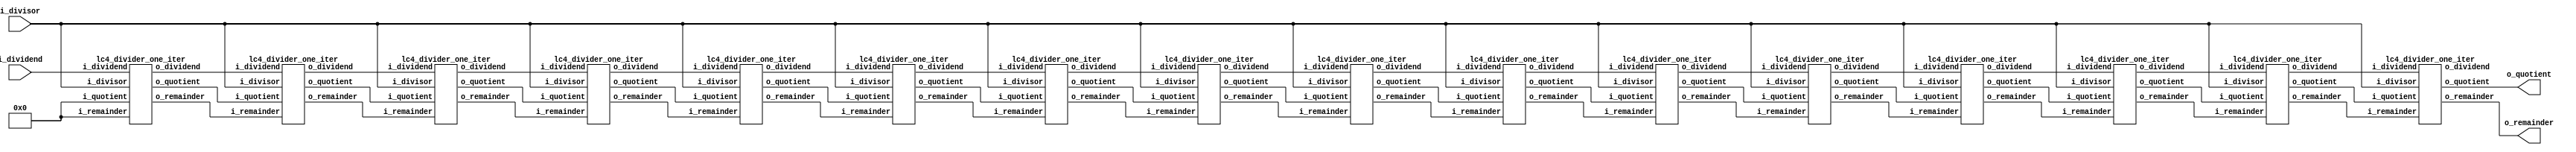
/* TODO: INSERT NAME AND PENNKEY HERE */

`timescale 1ns / 1ps
`default_nettype none

module lc4_divider(input  wire [15:0] i_dividend,
                   input  wire [15:0] i_divisor,
                   output wire [15:0] o_remainder,
                   output wire [15:0] o_quotient);

      /*** YOUR CODE HERE ***/
  // assign o_quotient = {16{1'b0}};
  // assign o_remainder = {16{1'b0}};
     // if (i_divisor == 16'b0000000000000000) begin
//	 return;
  //    end
   wire [15:0] rem_in = 16'd0;
   wire [15:0] quo_in = 16'd0;
   wire [15:0] div_16;
   wire [15:0] quo_1, quo_2, quo_3, quo_4, quo_5, quo_6, quo_7, quo_8, quo_9, quo_10, quo_11, quo_12, quo_13, quo_14, quo_15, rem_1, rem_2, rem_3, rem_4, rem_5, rem_6, rem_7,  rem_8, rem_9, rem_10, rem_11, rem_12, rem_13, rem_14, rem_15, div_1, div_2, div_3, div_4, div_5, div_6, div_7, div_8, div_9, div_10, div_11, div_12, div_13, div_14, div_15;
   
   
   lc4_divider_one_iter l1(.i_dividend(i_dividend),.i_divisor(i_divisor),.i_remainder(rem_in),.i_quotient(quo_in), .o_dividend(div_1),.o_quotient(quo_1),.o_remainder(rem_1));
  // assign div_o = i_dividend << 1;
   lc4_divider_one_iter l2(.i_dividend(div_1),.i_divisor(i_divisor),.i_remainder(rem_1),.i_quotient(quo_1), .o_dividend(div_2),.o_quotient(quo_2),.o_remainder(rem_2));
   lc4_divider_one_iter l3(.i_dividend(div_2),.i_divisor(i_divisor),.i_remainder(rem_2),.i_quotient(quo_2), .o_dividend(div_3),.o_quotient(quo_3),.o_remainder(rem_3));
   lc4_divider_one_iter l4(.i_dividend(div_3),.i_divisor(i_divisor),.i_remainder(rem_3),.i_quotient(quo_3), .o_dividend(div_4),.o_quotient(quo_4),.o_remainder(rem_4)); // UNMATCHED !!
   lc4_divider_one_iter l5(.i_dividend(div_4),.i_divisor(i_divisor),.i_remainder(rem_4),.i_quotient(quo_4), .o_dividend(div_5),.o_quotient(quo_5),.o_remainder(rem_5)); // UNMATCHED !!
   lc4_divider_one_iter l6(.i_dividend(div_5),.i_divisor(i_divisor),.i_remainder(rem_5),.i_quotient(quo_5), .o_dividend(div_6),.o_quotient(quo_6),.o_remainder(rem_6)); // UNMATCHED !!
   lc4_divider_one_iter l7(.i_dividend(div_6),.i_divisor(i_divisor),.i_remainder(rem_6),.i_quotient(quo_6), .o_dividend(div_7),.o_quotient(quo_7),.o_remainder(rem_7)); // UNMATCHED !!
   lc4_divider_one_iter l8(.i_dividend(div_7),.i_divisor(i_divisor),.i_remainder(rem_7),.i_quotient(quo_7), .o_dividend(div_8),.o_quotient(quo_8),.o_remainder(rem_8)); // UNMATCHED !!
   lc4_divider_one_iter l9(.i_dividend(div_8),.i_divisor(i_divisor),.i_remainder(rem_8),.i_quotient(quo_8), .o_dividend(div_9),.o_quotient(quo_9),.o_remainder(rem_9)); // UNMATCHED !!
   lc4_divider_one_iter l10(.i_dividend(div_9),.i_divisor(i_divisor),.i_remainder(rem_9),.i_quotient(quo_9), .o_dividend(div_10),.o_quotient(quo_10),.o_remainder(rem_10)); // UNMATCHED !!
   lc4_divider_one_iter l11(.i_dividend(div_10),.i_divisor(i_divisor),.i_remainder(rem_10),.i_quotient(quo_10), .o_dividend(div_11),.o_quotient(quo_11),.o_remainder(rem_11)); // UNMATCHED !!
   lc4_divider_one_iter l12(.i_dividend(div_11),.i_divisor(i_divisor),.i_remainder(rem_11),.i_quotient(quo_11), .o_dividend(div_12),.o_quotient(quo_12),.o_remainder(rem_12)); // UNMATCHED !!
   lc4_divider_one_iter l13(.i_dividend(div_12),.i_divisor(i_divisor),.i_remainder(rem_12),.i_quotient(quo_12), .o_dividend(div_13),.o_quotient(quo_13),.o_remainder(rem_13)); // UNMATCHED !!
   lc4_divider_one_iter l14(.i_dividend(div_13),.i_divisor(i_divisor),.i_remainder(rem_13),.i_quotient(quo_13), .o_dividend(div_14),.o_quotient(quo_14),.o_remainder(rem_14)); // UNMATCHED !!
   lc4_divider_one_iter l15(.i_dividend(div_14),.i_divisor(i_divisor),.i_remainder(rem_14),.i_quotient(quo_14), .o_dividend(div_15),.o_quotient(quo_15),.o_remainder(rem_15)); // UNMATCHED !!
   lc4_divider_one_iter l16(.i_dividend(div_15),.i_divisor(i_divisor),.i_remainder(rem_15),.i_quotient(quo_15), .o_dividend(div_16),.o_quotient(o_quotient),.o_remainder(o_remainder)); // UNMATCHED !!

endmodule // lc4_divider

module lc4_divider_one_iter(input  wire [15:0] i_dividend,
                            input  wire [15:0] i_divisor,
                            input  wire [15:0] i_remainder,
                            input  wire [15:0] i_quotient,
                            output wire [15:0] o_dividend,
                            output wire [15:0] o_remainder,
                            output wire [15:0] o_quotient);

   /*** YOUR CODE HERE ***/
     wire[15:0] temp;
     wire [15:0] temp1;
     wire [15:0] temp2;
     wire [15:0] temp3, temp4, temp5, temp6;
   
   assign temp  = (i_remainder << 1) | ((i_dividend >> 15) & 1'd1);
   assign temp3  = i_dividend << 1;
   assign temp1 = ((temp < i_divisor) ? (i_quotient << 1) | 1'd0 :(i_quotient << 1) | 1'd1);
   assign temp2 = (temp < i_divisor ? temp : temp-i_divisor);
   assign temp4 = (i_divisor == 16'd0) ? 16'd0 : temp2;
   assign temp5 = (i_divisor == 16'd0) ? 16'd0 : temp1;
   assign temp6 = (i_divisor == 16'd0) ? temp3 : temp3;
   assign o_remainder = temp4;
   assign o_quotient = temp5;
   assign o_dividend = temp6;
   
   
endmodule